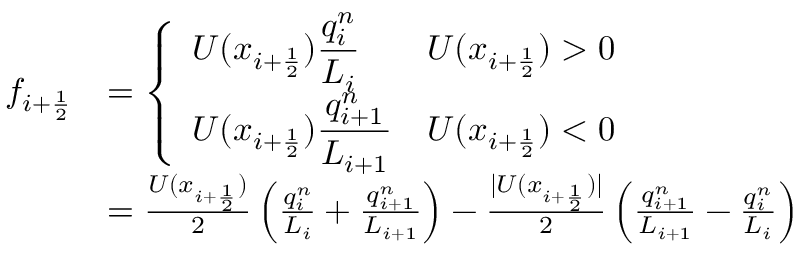
\begin{array} { r l } { f _ { i + \frac 1 2 } } & { = \left\{ \begin{array} { l l } { \displaystyle U ( x _ { i + \frac 1 2 } ) \frac { q _ { i } ^ { n } } { L _ { i } } } & { U ( x _ { i + \frac 1 2 } ) > 0 } \\ { \displaystyle U ( x _ { i + \frac 1 2 } ) \frac { q _ { i + 1 } ^ { n } } { L _ { i + 1 } } } & { U ( x _ { i + \frac 1 2 } ) < 0 } \end{array} \right. } \\ & { = \frac { U ( x _ { i + \frac 1 2 } ) } { 2 } \left( \frac { q _ { i } ^ { n } } { L _ { i } } + \frac { q _ { i + 1 } ^ { n } } { L _ { i + 1 } } \right) - \frac { | U ( x _ { i + \frac 1 2 } ) | } { 2 } \left( \frac { q _ { i + 1 } ^ { n } } { L _ { i + 1 } } - \frac { q _ { i } ^ { n } } { L _ { i } } \right) } \end{array}